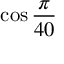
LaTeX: \cos { \frac { \pi } { 4 0 } }